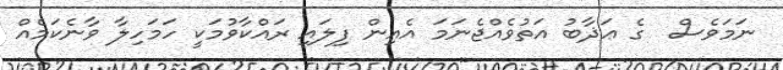
ނަމަވެސް  ގެ ޢަޛާބު އަތުވެއްޖެނަމަ އެއިން ފިލައި ރައްކާވުމަކީ ހަމަހިލާ ވާނެކަމެއް